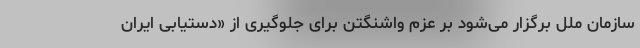
سازمان ملل برگزار می‌شود بر عزم واشنگتن برای جلوگیری از «دستیابی ایران